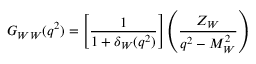
G _ { W W } ( q ^ { 2 } ) = \left[ \frac { 1 } { 1 + \delta _ { W } ( q ^ { 2 } ) } \right] \left( \frac { Z _ { W } } { q ^ { 2 } - M _ { W } ^ { 2 } } \right)